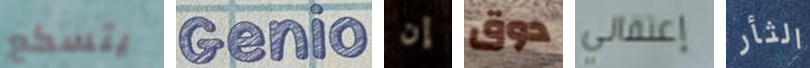
يتسكع Genio إن دوق إعتقالي الثأر